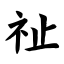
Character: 祉